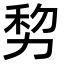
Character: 𠡴